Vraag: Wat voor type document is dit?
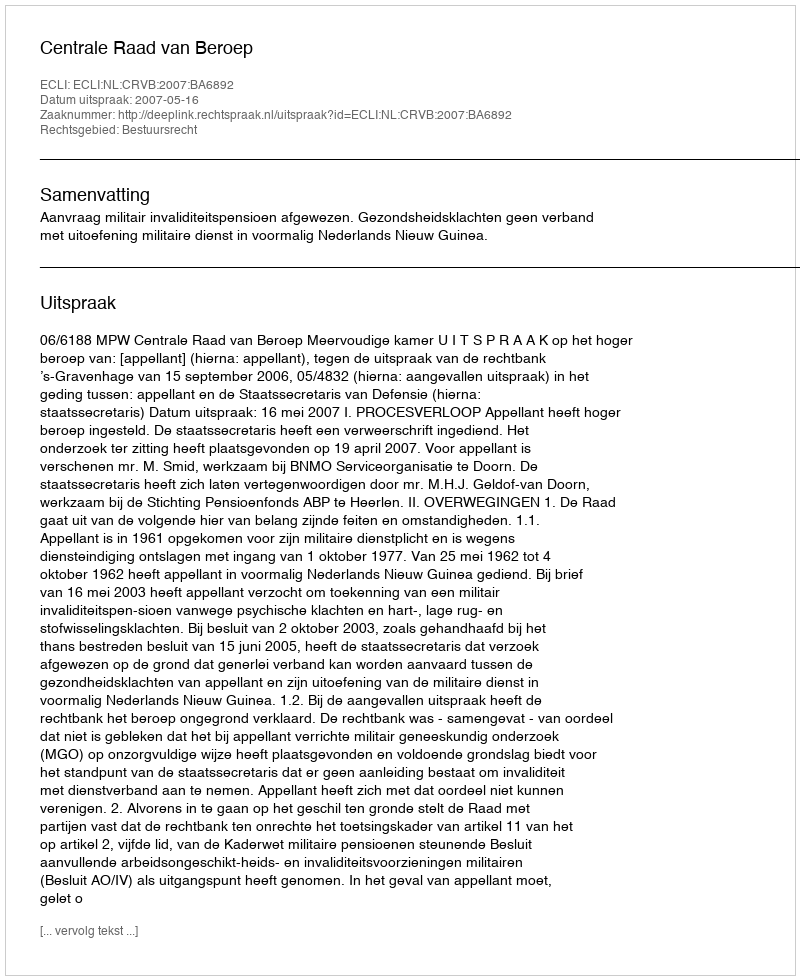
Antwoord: Uitspraak